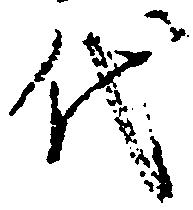
代